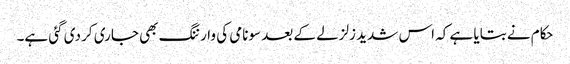
حکام نے بتایا ہے کہ اس شدید زلزلے کے بعد سونامی کی وارننگ بھی جاری کر دی گئی ہے۔